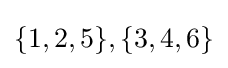
{\textstyle \{1,2,5\},\{3,4,6\}}